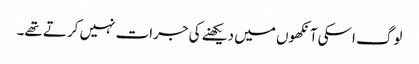
لوگ اسکی آنکھوں میں دیکھنے کی جرات نہیں کرتے تھے۔